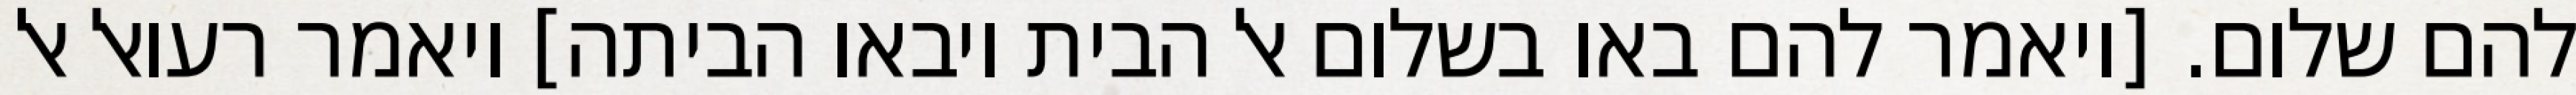
להם שלום. [ויאמר להם באו בשלום אל הבית ויבאו הביתה] ויאמר רעואל אל